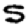
Digit: 5